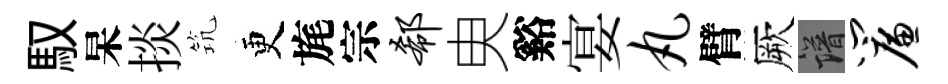
馭杲掞𥬑更旄宗欷㬰谿宴丸臂厥譜帘